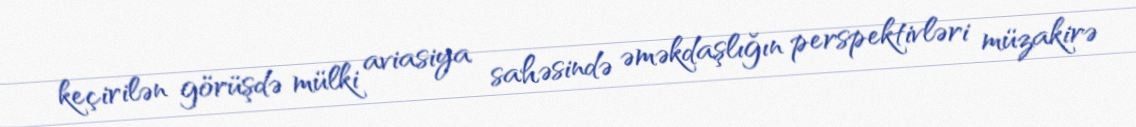
keçirilən görüşdə mülki aviasiya sahəsində əməkdaşlığın perspektivləri müzakirə